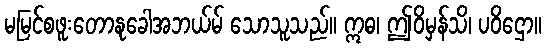
မမြင်စဖူးတောနုခေါအဘယ်မ် သောသူသည်။ ဣဓ၊ ဤဝိမှန်သိ၊ ပဝိဌော။